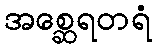
အစ္ဆေရတရံ